Vital statistics of India. Vol. IV, Annual returns from 1871 to 1876. British Army of India, Native Army and jails of Bengal
Year: 1871
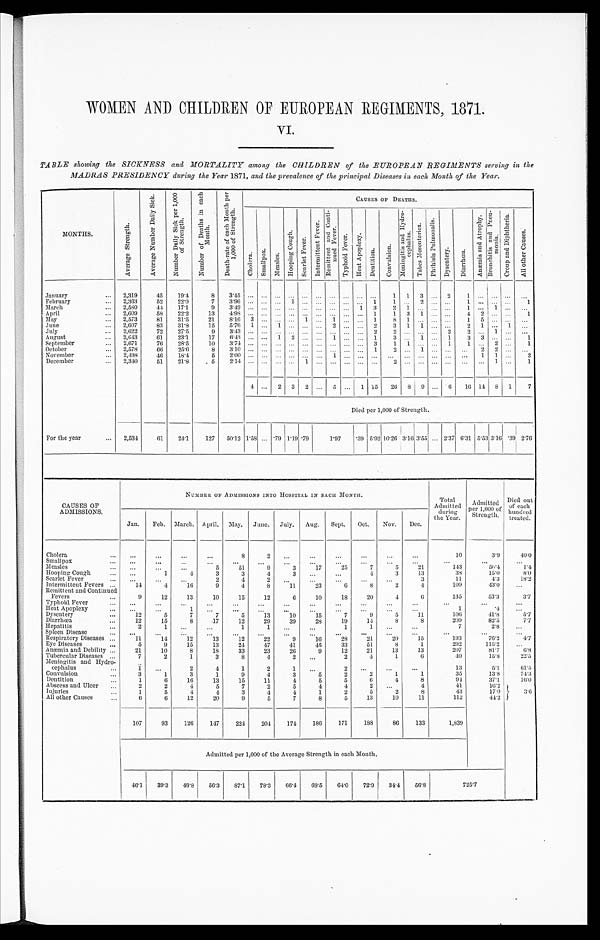
WOMEN AND CHILDREN OF EUROPEAN REGIMENTS, 1871.
VI.
TABLE showing the SICKNESS and MORTALITY among the CHILDREN of the EUROPEAN REGIMENTS serving in the
MADRAS PRESIDENCY during the Year 1871, and the prevalence of the principal Diseases in each Month of the Year.
MONTHS.
A v e r a g e S t r e n g t h .
A v e r a g e N u m b e r D a i l y S i c k . N u m b e r D a i l y S i c k p e r 1 , 0 0 0 o f S t r e n g t h .
N u m b e r o f D e a t h s i n e a c h M o n t h .
D e a t h - r a t e o f e a c h M o n t h p e r 1 , 0 0 0 o f S t r e n g t h .
CAUSES OF DEATHS.
C h o l e r a .
S m a l l p o x .
M e a s l e s .
H o o p i n g C o u g h . S c a r l e t F e v e r .
I n t e r m i t t e n t F e v e r .
R e m i t t e n t a n d C o n t i - n u e d F e v e r .
T y p h o i d F e v e r . H e a t A p o p l e x y .
D e n t i t i o n . C o n v u l s i o n .
M e n i n g i t i s a n d H y d r o - c e p h a l u s .
T a b e s M e s e n t e r i c a .
P h t h i s i s P u l m o n a l i s . D y s e n t e r y .
D i a r r h œ a .
A n æ m i a a n d A t r o p h y .
B r o n c h i t i s a n d P n e u - m o n i a .
C r o u p a n d D i p h t h e r i a .
A l l o t h e r C a u s e s .
January
2,319
45
19.4
8
3.45
. . . . . . . . . . . . . . .
...
. . .
. . .
...
. . .
1 1 3 ... 2
1 ...
. . .
...
. . .
February
2,363
52
22.0
7
3.96 ... ...
. . . 1 . . .
... ...
. . . . . . 1
1 . . .
2
. . . . . .
1 ...
. . .
...
1
March
2,580
4 4 17.1
9
3.49 ...
. . . . . . ...
. . . ...
. . . . . . 1
3
2 1 ...
. . . . . . 1 ... 1 ...
. . .
April
2,609
58
22.2
13
4.98 ...
. . . . . . . . . . . . ... . . . . . . ...
1 1 3 1 ... ...
4
2 ... ...
1
May
2,573
81
31.5
21 8.16 3 ...
. . . . . . 1 ...
1 . . . . . . 1
8 1 ...
. . . . . .
1 5
. . .
...
. . .
June
2,607
83
31.8
15
5.76 1
...
1
... ... ...
2
... ...
2
3 1 1
... ...
2 1
...
1
...
July
2,622
72
27.5
9
3.43 ... ... ...
...
...
...
... ... ... 2
2 ... ...
...
2
2
...
1
... ...
A u g u s t 2,643
6 1 23.1
17 6.43 ...
...
1 2 ... ... 1 ... ... 1
3 ... 1
...
1
3 3
... ...
1
September
2,671
76
28.5
1 0
3 . 7 4
... ... ... ... ... ... ... ... ...
3
1 1 ... ... 1
1 ... 2 ...
1
October
2,578
66
25.6
8
3.10 ... ...
... ... ...
...
...
... ... 1
2
...
1
.. ... ... ... 2
2
... ...
November
2, 498
4 6 18.4
5
2 . 0 0
... ... ... ... ... ... ... ... ... ... ... ...
... ... ... ... 1 1 ...
2
December
2,340
51
21.8
5
2 . 1 4
... ... ... ...
1
... ... ... ... ...
2
... ... ... ... ... ...
1
...
1
4 ... 2 3 2
...
5
...
1 15 26 8 9
...
6 16 14 8 1
7
Died per 1,000 of Strength.
For the year
2,534
61
24.1
127 50.12 1.58
...
. 7 9 1 . 1 9 . 7 9
1.97 .39 5.92 10.26
3 . 1 6
3.55 ... 2.37 6.31 5.53 3.16 .39
2. 76
CAUSES OF
ADMISSIONS.
NUMBER OF ADMISSIONS INTO HOSPITAL IN EACH MONTH.
Tot al
Admitted
during
the Year.
Admitted
per 1, 000 of St rengt h.
Died out
of each
hundred
treated.
Jan. Feb. March. April. May. June. July. Aug. Sept. Oct. Nov. Dec.
Cholera
...
...
...
...
8
2
...
...
... ... ... ...
10
3.9
40. 0
Smallpox
...
...
...
...
...
...
...
...
... ... ... ... ... ...
...
Measles
... ...
...
5
51
9
3
17
25
7
5
21
143
56.4
1. 4
Hooping Cough
...
1
4
3
3
4
3
...
...
4
3
13
38
15.0
8. 0
Scarlet Fever
... ...
...
2
4
2
...
...
... ...
...
3
11
4.3
18. 2
Intermittent Fevers
14
4
16
9
4
8
11
23
6
8
2
4
109
43.0
...
Remittent and Continued
Fevers
9
12
13
10
15
12
6
10
18
20
4
6
135
53.3
3.7
Typhoid Fever
... ... ... ... ... ... ... ...
...
...
...
... ...
...
...
Heat Apoplexy
...
...
1 ...
...
... ... ... ... ...
...
...
1
. 4
...
Dysentery
12
5
7
7
5
1 3
1 0
1 5
7
9
5
11
106
41.8
5.7
Diarrhœa
12
15
8
17
12
29
39
28
19
14
8
8
209
82.5
7. 7
Hepatitis
2
1
. . .
. . .
1
1
. . . ...
1
1
. . . . . .
7
2 . 8 ...
Spleen Disease
. . .
. . .
. . . ...
...
. . .
...
...
...
...
...
...
. . .
. . .
...
Respiratory Diseases
11
14
12
13
12
22
9
16
28
21
20
15
193
76.2
4 . 7
Eye Diseases
5
9
15
13
24
47
41
45
33
51
8
1
292
115.2
. . .
Anæmia and Debility
21
10
8
18
33
23
26
9
12
21
13
13
207
81.7
6 . 8
Tubercular Diseases
7
2
1
3
8
4
2
. . .
2
4
1
6
40
15.8
22. 5
Meningitis and Hydro-cephalus
1 ...
2
4
1
2
1 ...
2
. . .
. . . . . .
13
5.1
61. 5
Convulsion
3
1
3
1
9
4
3
5
2
2
1
1
35
13.8
74.3
Dentition
1
6
16
13
15
11
4
5
5
6
4
8
94
37.1
16.0
Abscess and Ulcer
2
2
4
5
7
2
5
4
4
2
. . .
4
41
16.2 3 . 6
Injuries
1
5
4
4
3
4
4
1
2
5
2
8
43
17.0
A l l o t h e r C a u s e s
6
6
12
20
9
5
7
8
5
13
10
11
112
44.2
107
93
126
147
224
204
174 186
171
188
86
133
1,839
Admitted per 1,000 of the Average Strength in each Month.
46.1 39.3 48.8 56.3 87.1 78.3 66.4 68.5
64.0
7 2 . 9
3 4 . 4 56.8
7 2 5 . 7